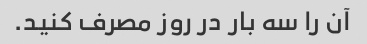
آن را سه بار در روز مصرف کنید.